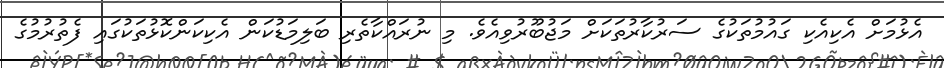
އެޅުމަށް އެކިއެކި ގައުމުތަކުގެ ސަރުކާރުތަކަށް މަޖުބޫރުވިއެވެ. މި ނުރައްކާތެރި ބަލިމަޑުކަން އެކިކަންކޮޅުތަކުގައި ފެތުރުމުގެ